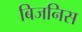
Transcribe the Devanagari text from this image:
बिजनिस